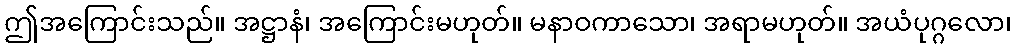
ဤအကြောင်းသည်။ အဋ္ဌာနံ၊ အကြောင်းမဟုတ်။ မနာဝကာသော၊ အရာမဟုတ်။ အယံပုဂ္ဂလော၊